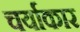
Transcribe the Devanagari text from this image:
चर्याकार